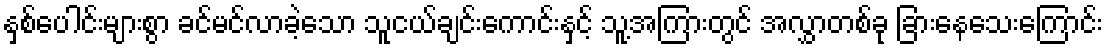
နှစ်ပေါင်းများစွာ ခင်မင်လာခဲ့သော သူငယ်ချင်းကောင်းနှင့် သူ့အကြားတွင် အလွှာတစ်ခု ခြားနေသေးကြောင်း